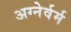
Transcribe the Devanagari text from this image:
अग्नेर्वर्म